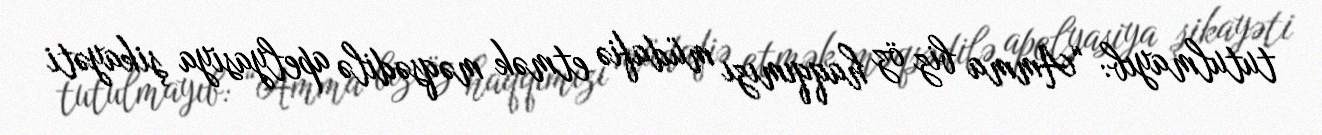
tutulmayıb: “Amma biz öz haqqımızı müdafiə etmək məqsədilə apelyasiya şikayəti